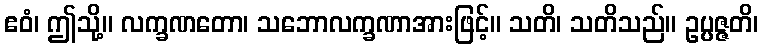
ဧဝံ၊ ဤသို့။ လက္ခဏတော၊ သဘောလက္ခဏာအားဖြင့်။ သတိ၊ သတိသည်။ ဥပ္ပဇ္ဇတိ၊